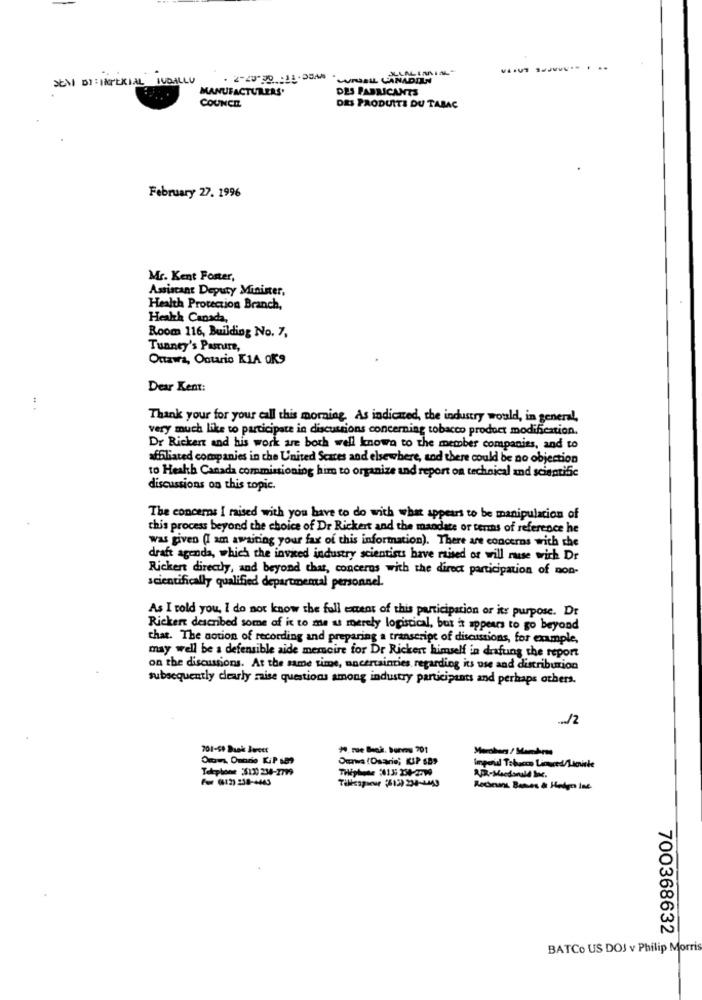
LLAL IARIAL"
SENT BY: IMPERIAL INDALLU
- 2-20-30 . 15. DEAA . CURDBIL CANADIAN
MANUFACTURERS'
DES FABRICANTS
COUNCIL
DES PRODUITS DU TABAC
February 27. 1996
Mr. Kent Foster,
Assistant Deputy Minister,
Health Protection Branch,
Health Canada,
Room 116, Building No. 7,
Tunney's Pamir,
Ottawa, Ontario KIA OK9
Dear Kent:
Thank your for your call this morning. As indicated, the industry would, in general,
very much like to participate in discussions concerning tobacco product modification.
Dr Rickert and his work are both well known to the member companies, and to
affiliated companies in the United Scares and elsewhere, and there could be no objection
to Health Canada commissioning him to organize and report on technical and scientific
discussions on this topic.
The concerns I maised with you have to do with what appears to be manipulation of
this process beyond the choice of Dr Rickert and the mandate or terms of reference he
was given (I am awaiting your fax of this information). There are concerns with the
draft agenda, which the invited industry scientists have raised or will raise with Dr
Rickert directly, and beyond that, concerns with the direct participation of non-
scientifically qualified departmental personnel.
As I told you, I do not know the full extent of this participation or its purpose. Dr
Rickert described some of it to me as merely logistical, but it appears to go beyond
that. The notion of recording and preparing a transcript of discussions, for example,
may well be a defensible aide memoire for Dr Rickert himself in deafung the report
on the discussions. At the same time, uncertainties regarding its use and distribution
subsequently dearly maise questions among industry participants and perhaps others.
... /2
201-60 Daak Jerett
Telephone $12 234-7799
THEphone 5013: 254-2799
Recions Buses & Hodga Int.
700368632
BATCo US DOJ v Philip Morris